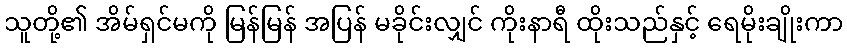
သူတို့၏ အိမ်ရှင်မကို မြန်မြန် အပြန် မခိုင်းလျှင် ကိုးနာရီ ထိုးသည်နှင့် ရေမိုးချိုးကာ